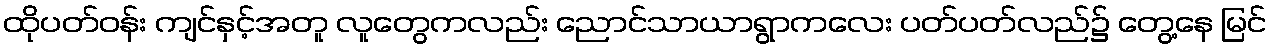
ထိုပတ်ဝန်း ကျင်နှင့်အတူ လူတွေကလည်း ညောင်သာယာရွာကလေး ပတ်ပတ်လည်၌ တွေ့နေ မြင်